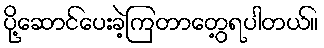
ပို့ဆောင်ပေးခဲ့ကြတာတွေ့ရပါတယ်။